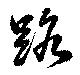
路